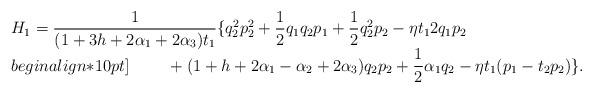
LaTeX: \begin{align*}\begin{array}{l}H_{1}=\dfrac{1}{(1+3h+2\alpha_{1}+2\alpha_{3})t_{1}}\{q_{2}^2p_{2}^2+\dfrac{1}{2}q_{1}q_{2}p_{1}+\dfrac{1}{2}q_{2}^2p_{2}-\eta t_{1}2q_{1}p_{2}\\begin{align*}10pt]\phantom{H_{1}=}+(1+h+2\alpha_{1}-\alpha_{2}+2\alpha_{3})q_{2}p_{2}+\dfrac{1}{2}\alpha_{1}q_{2}-\eta t_{1}(p_{1}-t_{2}p_{2})\}.\end{array}\end{align*}